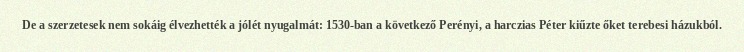
De a szerzetesek nem sokáig élvezhették a jólét nyugalmát: 1530-ban a következő Perényi, a harczias Péter kiűzte őket terebesi házukból.